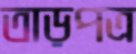
তাড়পত্র